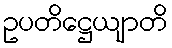
ဥပတိဋ္ဌေယျာတိ